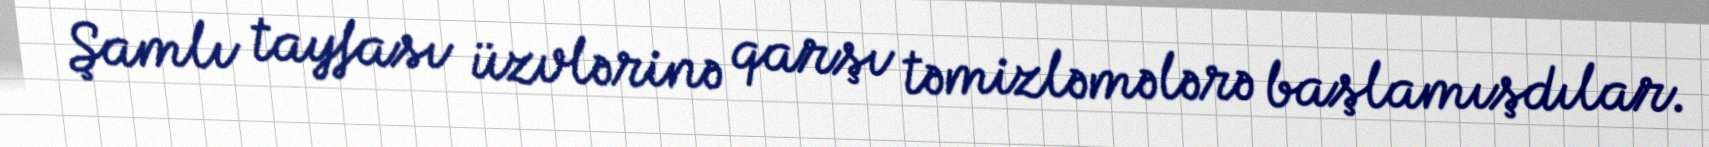
Şamlı tayfası üzvlərinə qarşı təmizləmələrə başlamışdılar.